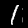
Digit: 1